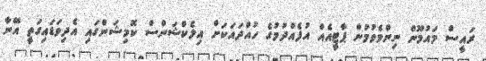
ރައީސް މައުމޫން ނިންމެވުމުން ޕާޓީއެއް އުފެއްދުމުގެ ހުއްދައަކަށް އިލެކްޝަންސް ކޮމިޝަންގައި އެދިވަޑައިގަތީ އޭނާ